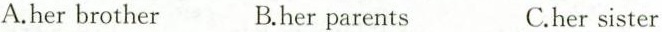
A. her brother B. her parents C. her sister